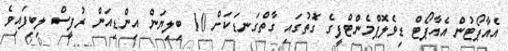
އެއާޕޯޓުން އެއާޕޯޓް ޑިވެލޮޕްމެންޓްފީގެ ގޮތުގައި ގާތްގަނޑަކަށް 10 ބިލިޔަން އިންޑިއަން ރުފީސް ލިބިފައިވެ